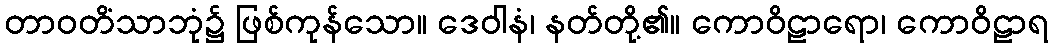
တာဝတိံသာဘုံ၌ ဖြစ်ကုန်သော။ ဒေဝါနံ၊ နတ်တို့၏။ ကောဝိဠာရော၊ ကောဝိဠာရ